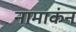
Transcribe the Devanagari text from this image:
नामाकंन